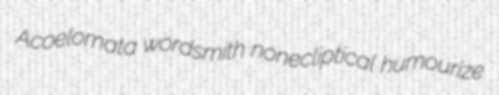
Acoelomata wordsmith nonecliptical humourize